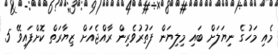
މެއި މަހުގެ ނިޔަލަށް ބައި މިލިޔަން ފަތުރުވެރިން ރާއްޖެއަށް ޒިޔާރަތް ކޮށްފައިވޭ 5